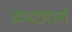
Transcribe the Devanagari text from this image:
कच्छाओं